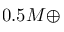
0 . 5 M \oplus